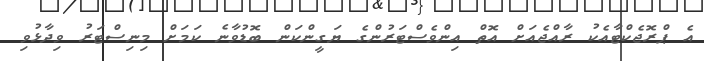
އެ ޕްރޮޖެކްޓާއެކު ރާއްޖެއަށް އޮތް އިންވެސްޓަރުންގެ ޔަގީންކަން ބޮޑުވާނެ ކަމަށް މިނިސްޓަރު ވިދާޅުވި